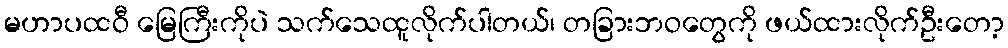
မဟာပထဝီ မြေကြီးကိုပဲ သက်သေထူလိုက်ပါတယ်၊ တခြားဘဝတွေကို ဖယ်ထားလိုက်ဦးတော့